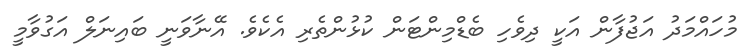
މުހައްމަދު އަޖުފާން އަކީ ދިވެހި ބެޑްމިންޓަން ކުޅުންތެރި އެކެވެ. އޭނާވަނީ ބައިނަލް އަގުވާމީ